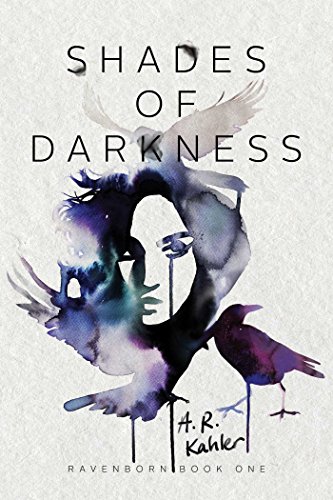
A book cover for Shades of Darkness (Ravenborn); A. R. Kahler; Teen & Young Adult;